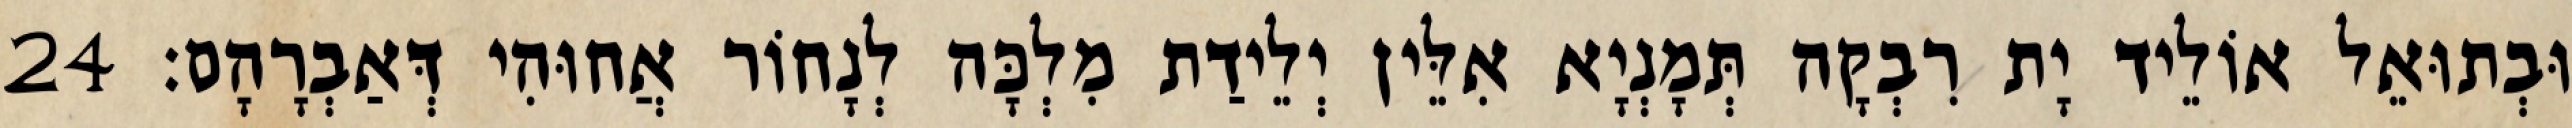
וּבְתוּאֵל אוֹלֵיד יָת רִבְקָה תְּמָנְיָא אִלֵּין יְלֵידַת מִלְכָּה לְנָחוֹר אֲחוּהִי דְּאַבְרָהָם׃ 24